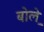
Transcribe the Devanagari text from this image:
बोले़